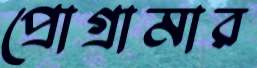
প্রোগ্রামার